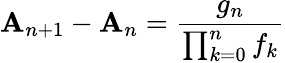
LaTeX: \mathbf{A}_{n+1}-\mathbf{A}_{n}={\frac{{g_{n}}}{{\prod_{k=0}^{n}f_{k}}}}